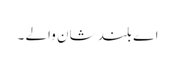
اے بلند شان والے ۔